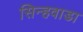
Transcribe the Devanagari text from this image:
सिन्हवाडा